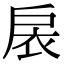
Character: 扆